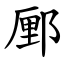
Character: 䣑